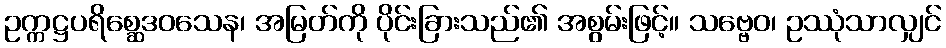
ဥက္ကဋ္ဌပရိစ္ဆေဒဝသေန၊ အမြတ်ကို ပိုင်းခြားသည်၏ အစွမ်းဖြင့်။ သဗ္ဗေဝ၊ ဥဿုံသာလျှင်